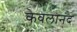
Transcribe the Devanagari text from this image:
केवलानंद